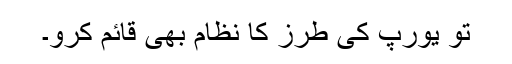
تو یورپ کی طرز کا نظام بھی قائم کرو۔